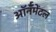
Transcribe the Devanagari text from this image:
ऑर्नॅमेंटल